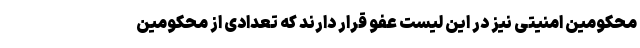
محکومین امنیتی نیز در این لیست عفو قرار دارند که تعدادی از محکومین